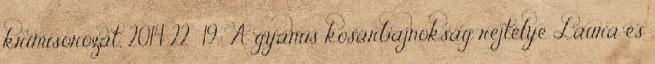
krimisorozat, 2014 22 19.: A gyanús kosárbajnokság rejtélye Laura és